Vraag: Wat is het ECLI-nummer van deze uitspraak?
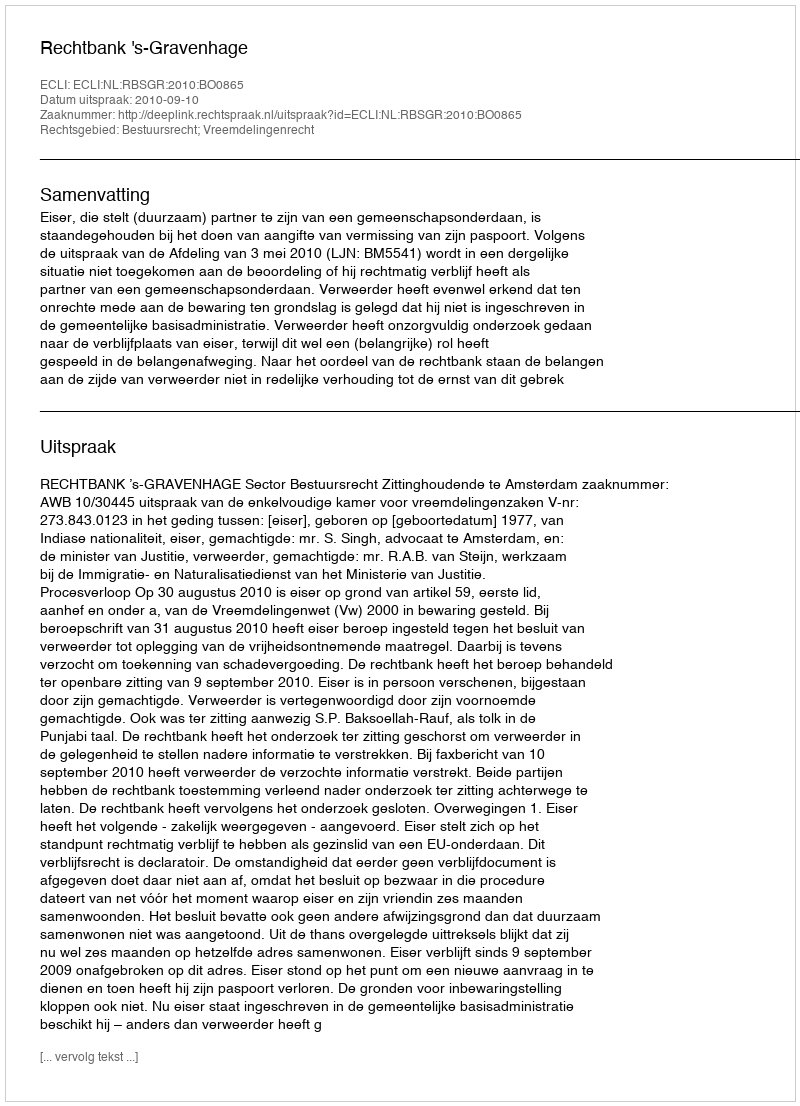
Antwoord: ECLI:NL:RBSGR:2010:BO0865